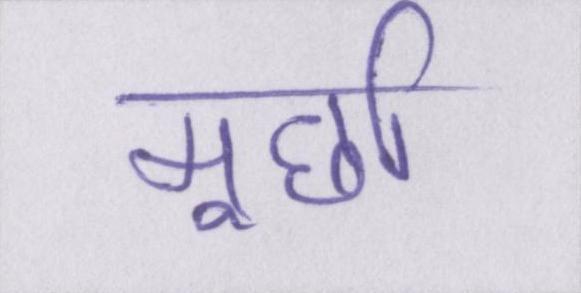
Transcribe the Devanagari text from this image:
मूर्छा